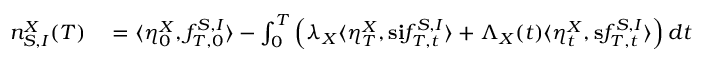
\begin{array} { r l } { n _ { S , I } ^ { X } ( T ) } & { { } = \langle \eta _ { 0 } ^ { X } , f _ { T , 0 } ^ { S , I } \rangle - \int _ { 0 } ^ { T } \left( \lambda _ { X } \langle \eta _ { T } ^ { X } , \mathbf { s } \mathbf { i } f _ { T , t } ^ { S , I } \rangle + \Lambda _ { X } ( t ) \langle \eta _ { t } ^ { X } , \mathbf { s } f _ { T , t } ^ { S , I } \rangle \right) d t } \end{array}